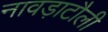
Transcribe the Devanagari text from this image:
नावड़ाटौली